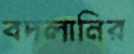
বদলানির